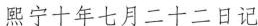
熙宁十年七月二十二日记